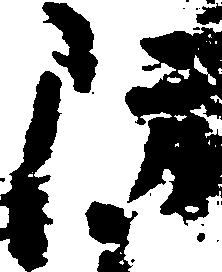
防